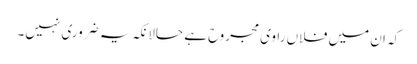
کہ ان میں فلاں راوی مجروح ہے حالانکہ یہ ضروری نہیں۔